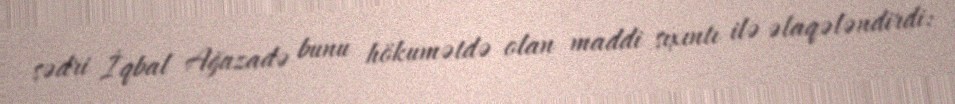
sədri İqbal Ağazadə bunu hökumətdə olan maddi sıxıntı ilə əlaqələndirdi: